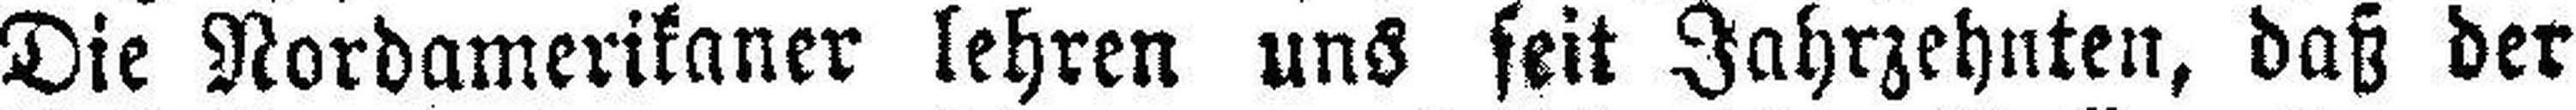
Die Nordamerikaner lehren uns seit Jahrzehnten, daß der